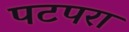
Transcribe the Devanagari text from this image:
पटपरा